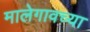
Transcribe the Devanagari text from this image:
मालेगावच्या